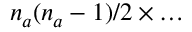
n _ { a } ( n _ { a } - 1 ) / 2 \times \ldots